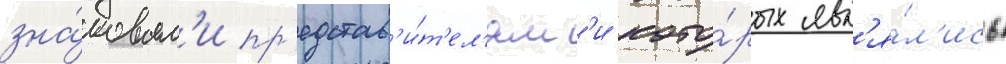
зна́ковым'и пр'едстав'и́т'ел'ям'и кото́рых явл'я́л'ись